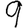
Digit: 9